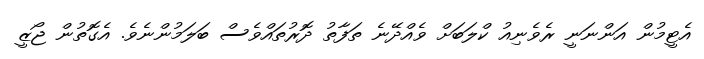
އެޓީމުން އަންނަނީ ރެވެނިއު ކްލަބަށް ވެއްދޭނެ ތަފާތު ދޮރުތައްވެސް ބަލަމުންނެވެ. އެގޮތުން ޖޯޒީ